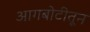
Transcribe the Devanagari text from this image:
आगबोटीतून